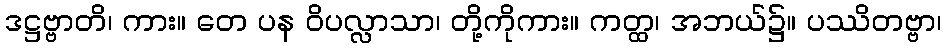
ဒဋ္ဌဗ္ဗာတိ၊ ကား။ တေ ပန ဝိပလ္လာသာ၊ တို့ကိုကား။ ကတ္ထ၊ အဘယ်၌။ ပဿိတဗ္ဗာ၊